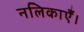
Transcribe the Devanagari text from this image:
नलिकाएँ।